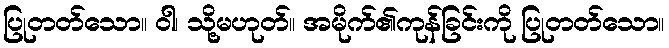
ပြုတတ်သော။ ဝါ၊ သို့မဟုတ်။ အမိုက်၏ကုန်ခြင်းကို ပြုတတ်သော။